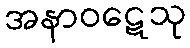
အနာဝဋေသု